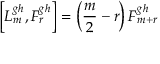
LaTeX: \left[ L _ { m } ^ { g h } , F _ { r } ^ { g h } \right] = \left( \frac { m } { 2 } - r \right) F _ { m + r } ^ { g h }